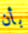
بأن